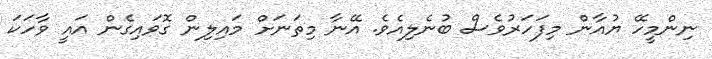
ނިންމީހޭ ޔުއާން މިފަހަރުވެސް ބުނެލިއެވެ. އޭނާ މިތަނަށް މައިލިން ގޮވައިގެން އައީ ވާހަކަ